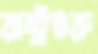
রাষ্ট্রগুরু